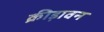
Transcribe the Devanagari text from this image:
क्रीड़ावन